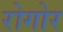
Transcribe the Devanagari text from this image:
रोगोर